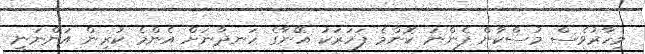
މިހާރުވެސް މުސްކާން ފެންނަ ކޮންމެ ފަހަރަކު އޭނާގެ ހަނދާނަށް އެންމެ ކުރިން އަންނަނީ